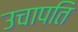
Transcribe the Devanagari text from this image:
उचापति